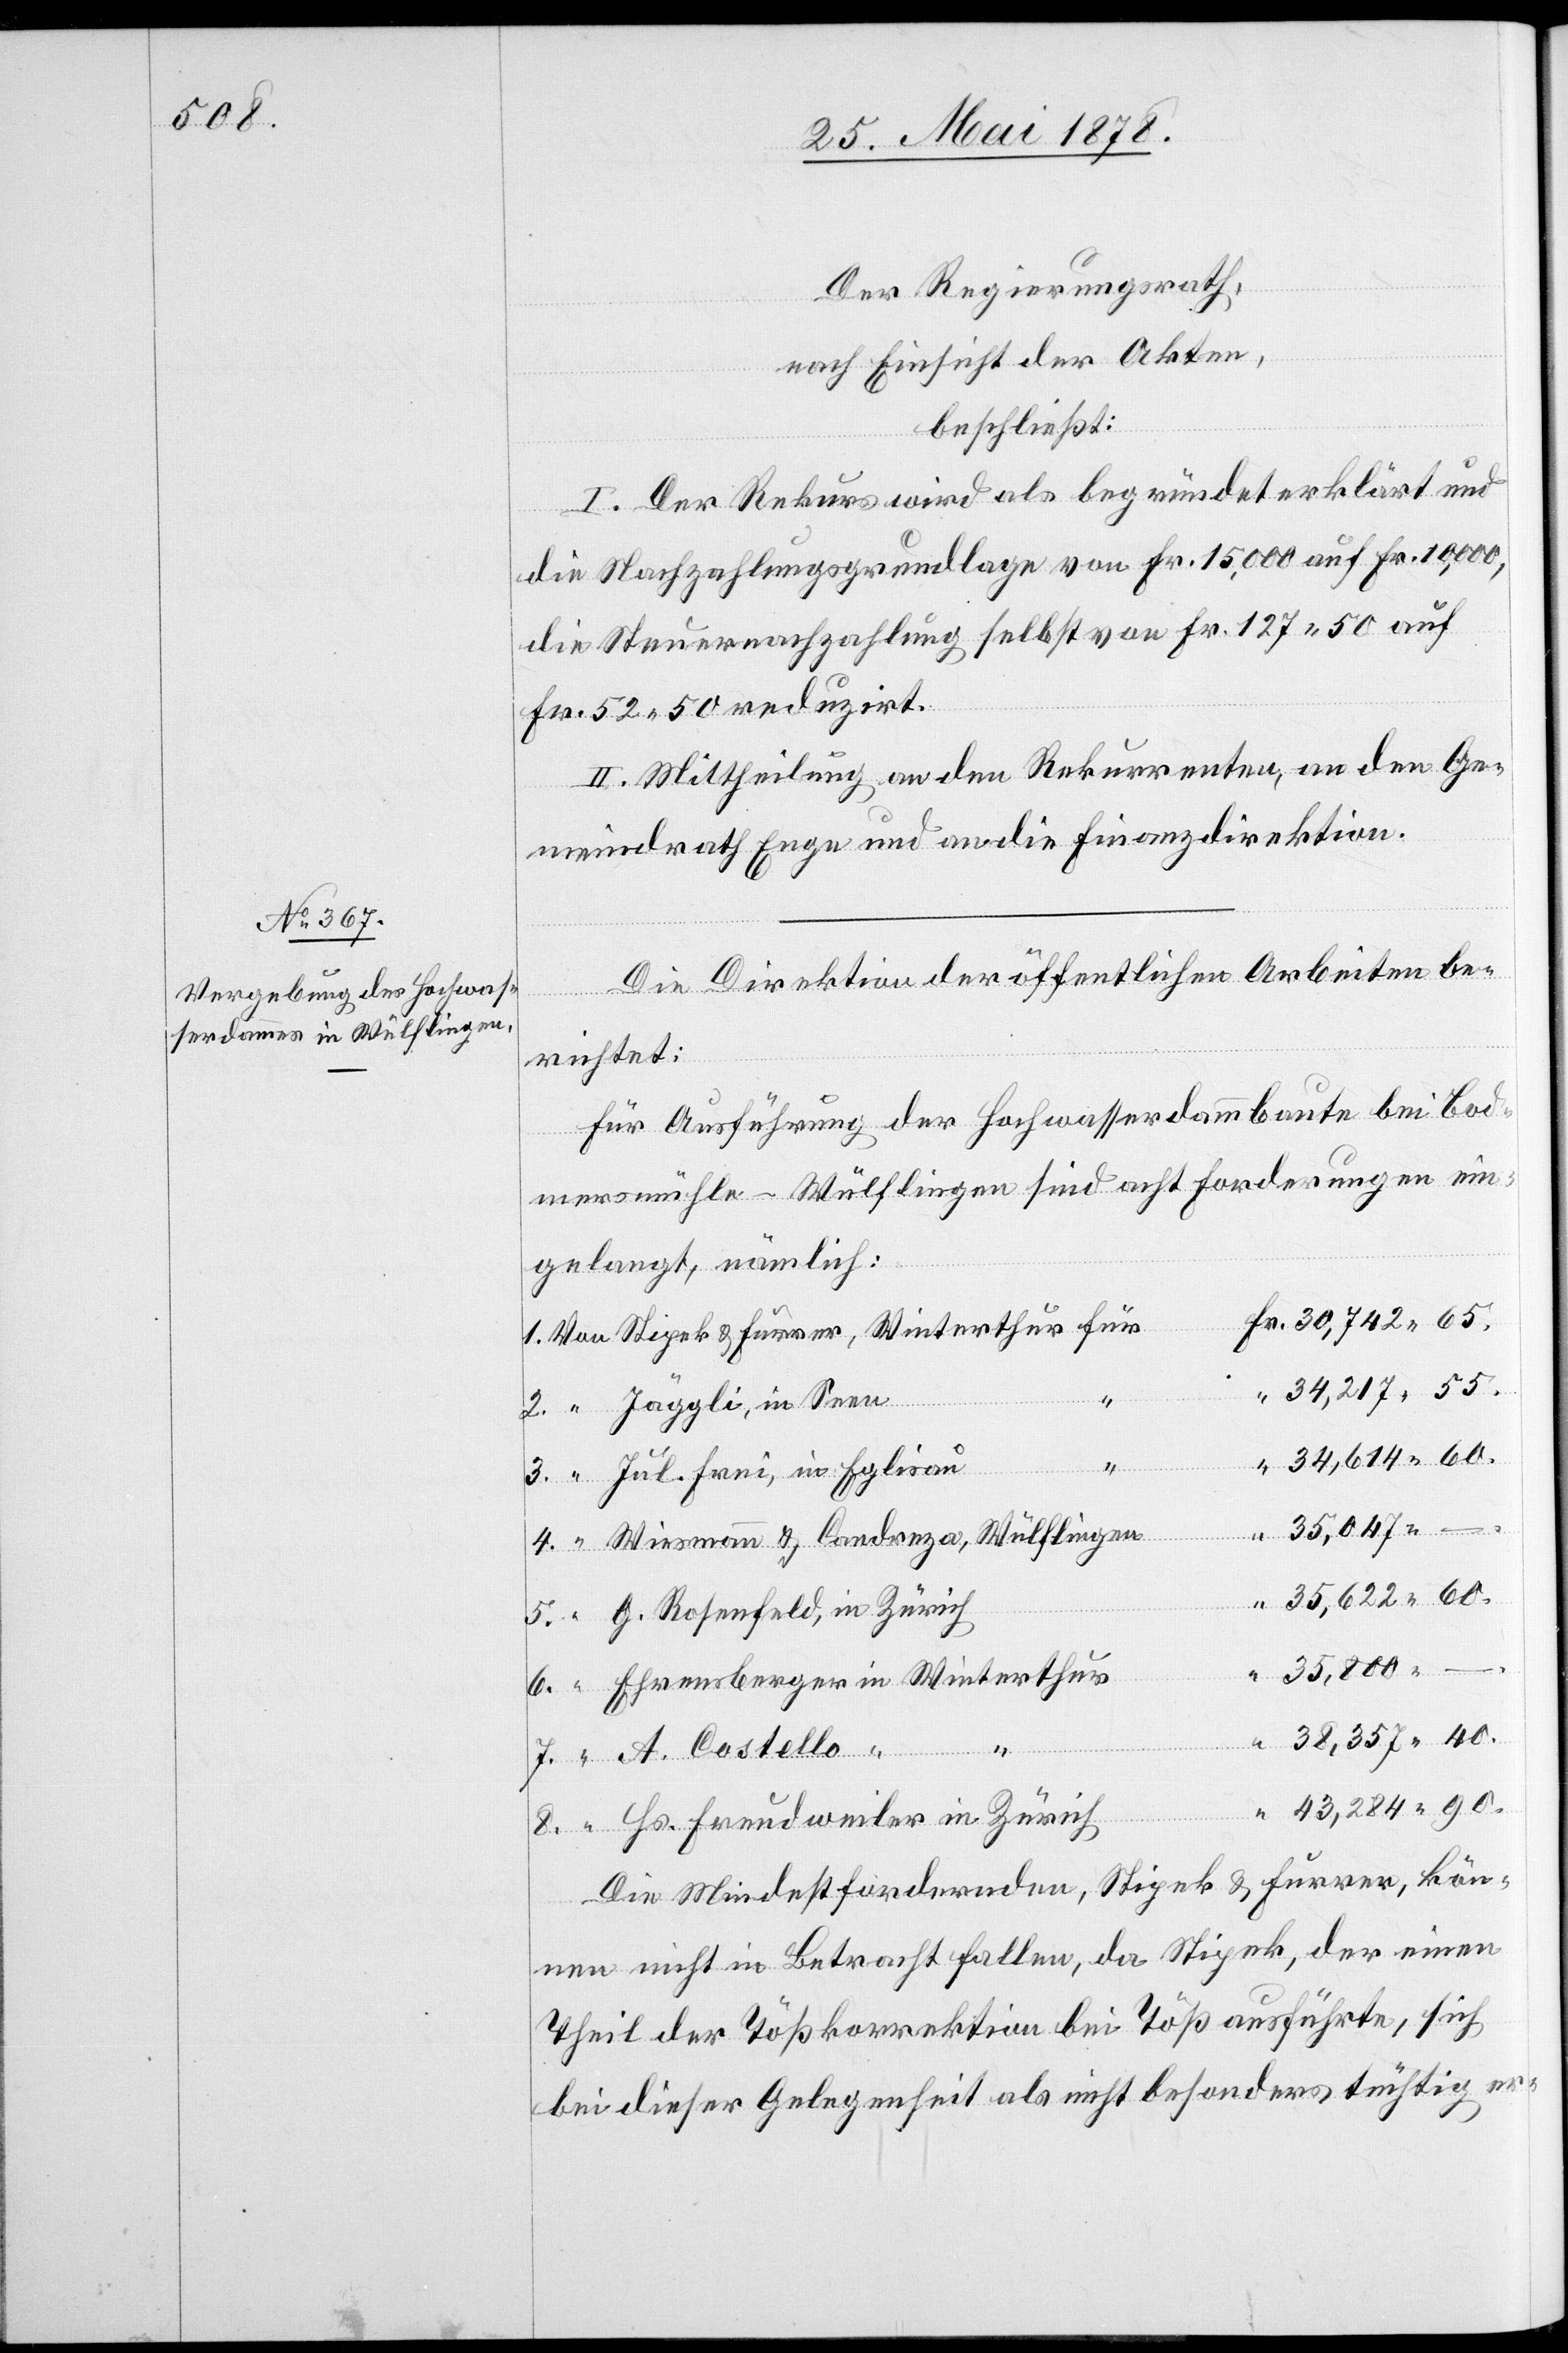
35,800

Der Regierungsrath,
nach Einsicht der Akten,
ter¬
beschließt:
Egli¬
I. Der Rekurs wird als begründet erklärt und
die Nachzahlungsgrundlage von Fr. 15,000 auf Fr. 10,000,
die Steuernachzahlung selbst von Fr. 127. 50 auf
Fr. 52. 50 reduzirt.
II. Mittheilung an den Rekurrenten, an den Ge¬
in
meindrath Enge und an die Finanzdirektion.
Die Direktion der öffentlichen Arbeiten be¬
richtet:
Für Ausführung der Hochwasserdammbaute bei Bod¬
mersmühle - Wülflingen sind acht Forderungen ein¬
gelangt, nämlich:
4.
35,047
8.
“
Wiesmann & Candreza, Wülflingen
G. Rosenfeld, in Zürich
–
Ehrensberger in Winterthur
A.
40.
sau “
Hs. Freudweiler in Zürich
Die Mindestfordernden, Stipek & Furrer, kön¬
nen nicht in Betracht fallen, da Stipek, der einen
Theil der Tößkorrektion bei Töß ausführte, sich
bei dieser Gelegenheit als nicht besonders tüchtig er-